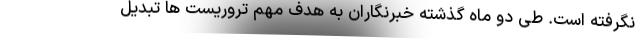
نگرفته است. طی دو ماه گذشته خبرنگاران به هدف مهم تروریست ها تبدیل